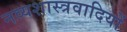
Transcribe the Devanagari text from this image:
नव्यशास्त्रवादियों